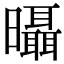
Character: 𣌍